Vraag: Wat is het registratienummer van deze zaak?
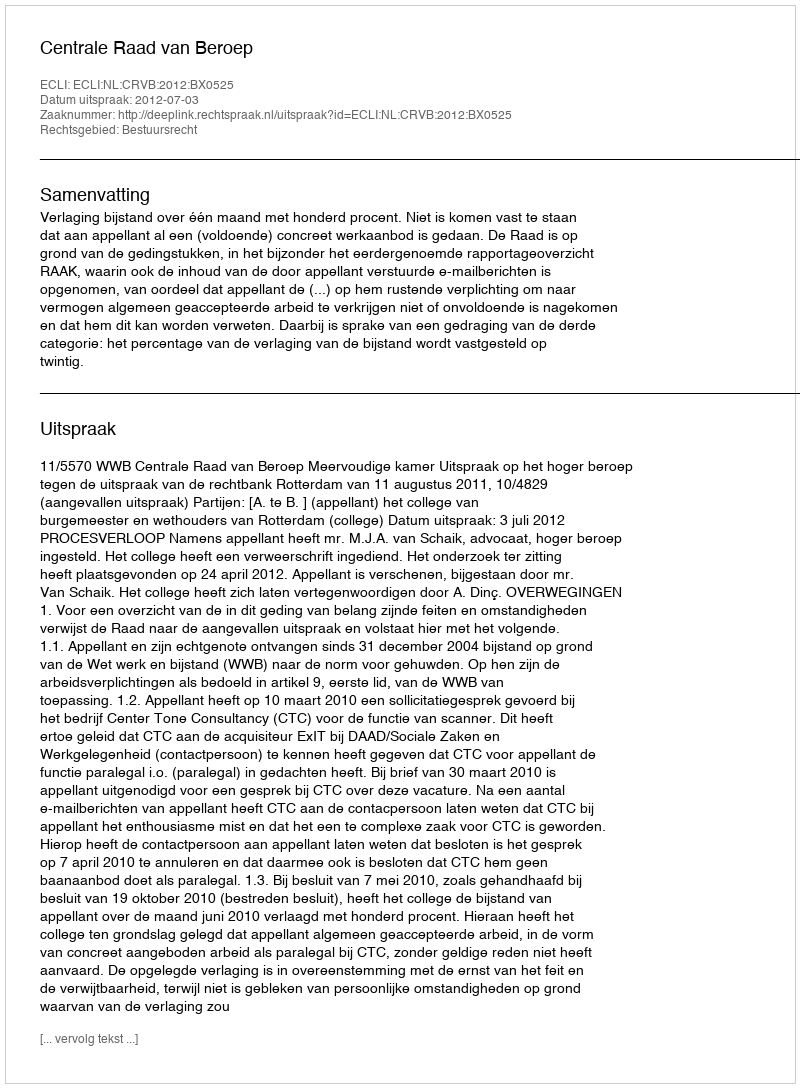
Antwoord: http://deeplink.rechtspraak.nl/uitspraak?id=ECLI:NL:CRVB:2012:BX0525